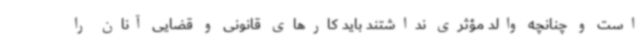
است و چنانچه والد مؤثری نداشتند باید کارهای قانونی و قضایی آنان را